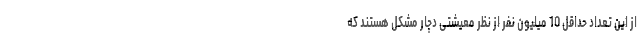
از این تعداد حداقل 10 میلیون نفر از نظر معیشتی دچار مشکل هستند که